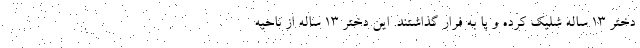
دختر 13 ساله شلیک کرده و پا به فرار گذاشتند. این دختر 13 ساله از ناحیه